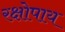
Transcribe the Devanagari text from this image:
रक्षोपाय